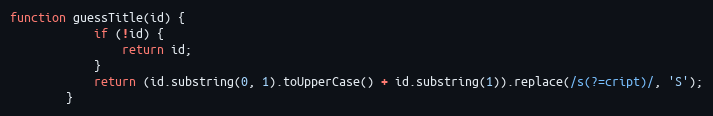
Language: JavaScript
function guessTitle(id) {
			if (!id) {
				return id;
			}
			return (id.substring(0, 1).toUpperCase() + id.substring(1)).replace(/s(?=cript)/, 'S');
		}